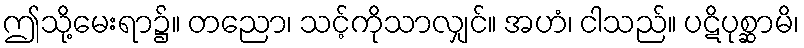
ဤသို့မေးရာ၌။ တညော၊ သင့်ကိုသာလျှင်။ အဟံ၊ ငါသည်။ ပဋိပုစ္ဆာမိ၊